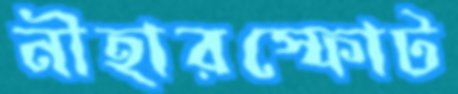
নীহারস্ফোট